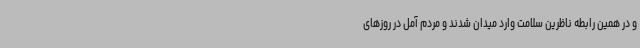
و در همین رابطه ناظرین سلامت وارد میدان شدند و مردم آمل در روزهای